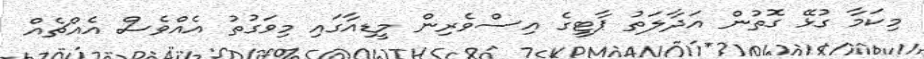
މިކަމާ ގުޅޭ ގޮތުން އަދާލަތު ޕާޓީގެ އިސްވެރިން މީޑިއާގައި މިވަގުތު އެއްވެސް އެއްޗެއް